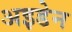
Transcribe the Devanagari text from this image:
अइडेन